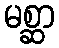
မစ္ဆာ